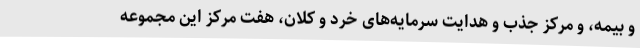
و بیمه، و مرکز جذب و هدایت سرمایه‌های خرد و کلان، هفت مرکز این مجموعه